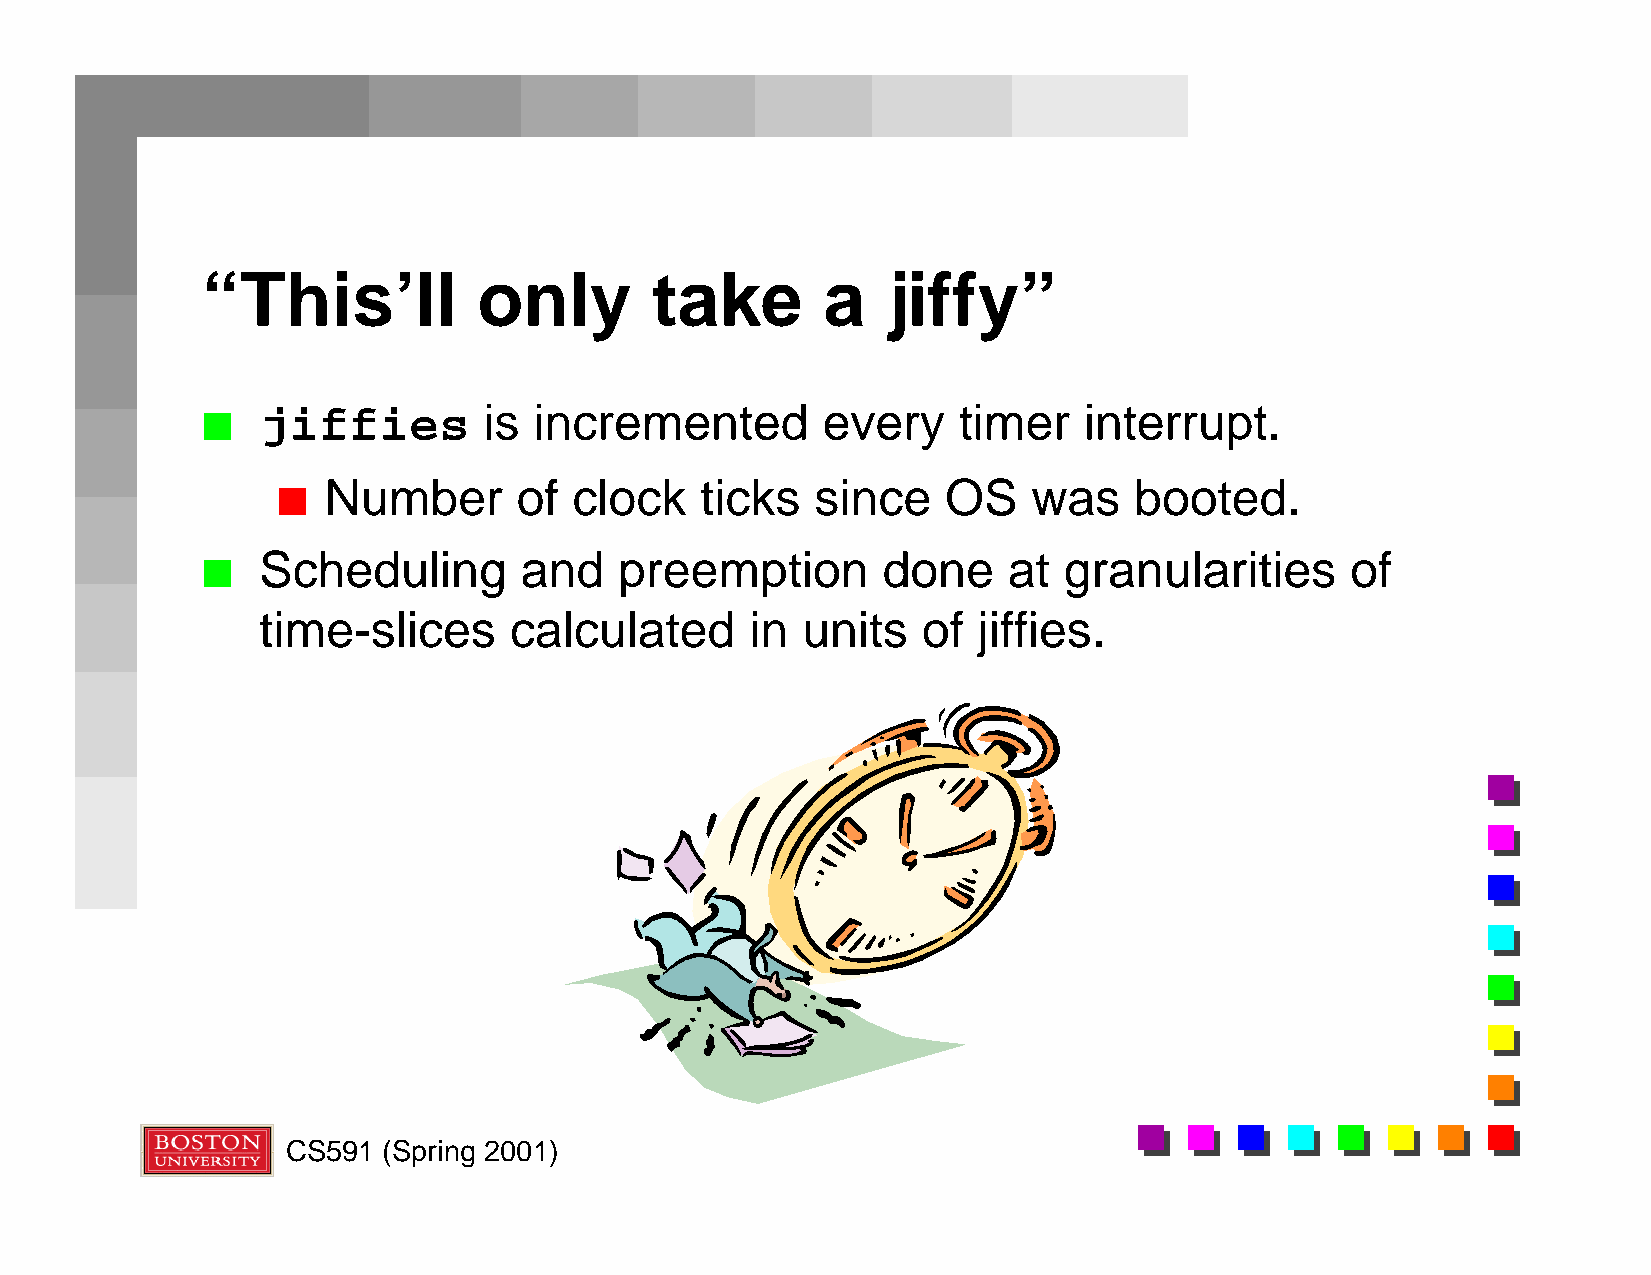
“This’ll           only       take       a    jiffy”
 jiffies        is incremented        every    timer    interrupt.
 n
 Number       of  clock   ticks   since    OS   was    booted.
 n
 Scheduling       and    preemption       done     at granularities      of
 n
 time-slices      calculated      in units   of  jiffies.
 CS591 (Spring 2001)